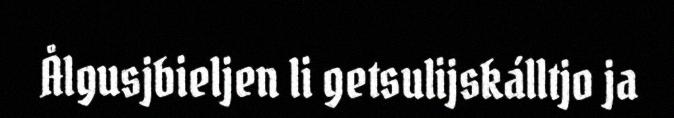
Ålgusjbieljen li getsulijskálltjo ja